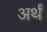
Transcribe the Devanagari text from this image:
अर्थं